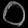
Digit: ၀